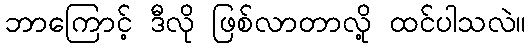
ဘာကြောင့် ဒီလို ဖြစ်လာတာလို့ ထင်ပါသလဲ။